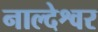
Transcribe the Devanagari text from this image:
नाल्देश्वर